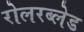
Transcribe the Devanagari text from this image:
रोलरब्लेड